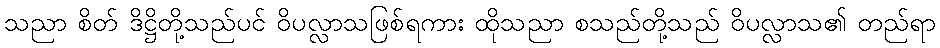
သညာ စိတ် ဒိဋ္ဌိတို့သည်ပင် ဝိပလ္လာသဖြစ်ရကား ထိုသညာ စသည်တို့သည် ဝိပလ္လာသ၏ တည်ရာ